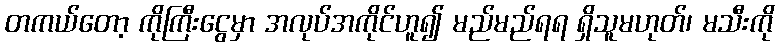
တကယ်တော့ ကိုကြီးငွေမှာ အလုပ်အကိုင်ဟူ၍ မည်မည်ရရ ရှိသူမဟုတ်၊ မသီးကို